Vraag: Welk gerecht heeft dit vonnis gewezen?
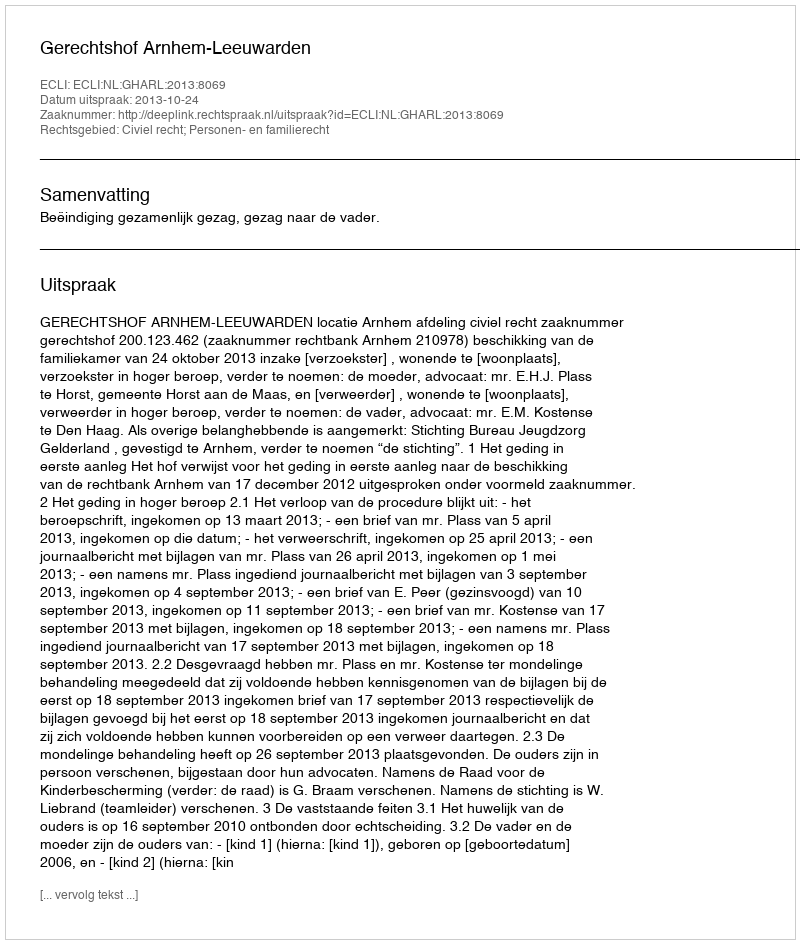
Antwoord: Gerechtshof Arnhem-Leeuwarden